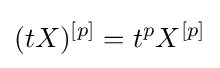
(tX)^{[p]}=t^{p}X^{[p]}